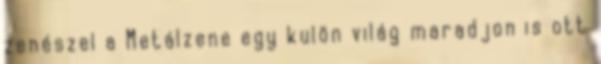
zenészel a Metálzene egy kulön világ maradjon is ott